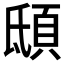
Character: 𩑾